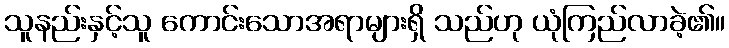
သူနည်းနှင့်သူ ကောင်းသောအရာများရှိ သည်ဟု ယုံကြည်လာခဲ့၏။